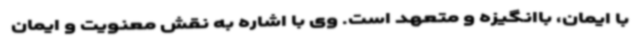
با ایمان، باانگیزه و متعهد است. وی با اشاره به نقش معنویت و ایمان